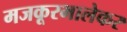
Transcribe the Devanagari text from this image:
मजकूरभालेकर